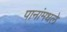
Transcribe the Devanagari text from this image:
पानांमधले